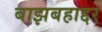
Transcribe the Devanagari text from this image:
बाझबहाद्दर